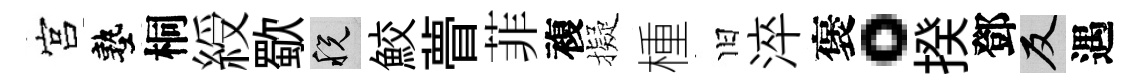
宫塾桐綬歜税鮫瞢菲複擬㮔旧淬褒。揆鄧反遇